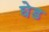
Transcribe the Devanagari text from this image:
घेड